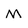
Character: M